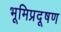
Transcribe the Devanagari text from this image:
भूमिप्रदूषण